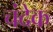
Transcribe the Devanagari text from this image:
चंदेक